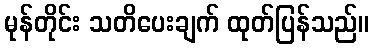
မုန်တိုင်း သတိပေးချက် ထုတ်ပြန်သည်။